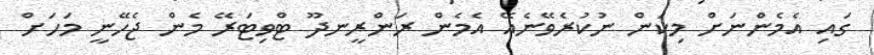
ގައި އެމެންނަށް މިކަން ނުކުރެވޭނެއޭ އެމެން ރަންރީނދޫ ޓްވިޓަރޭ މެން ޖެހޭނީ މަަހަށް